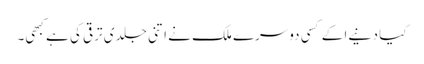
کیا دنیےا کے کسی دوسرے ملک نے اتنی جلدی ترقی کی ہے کبھی۔